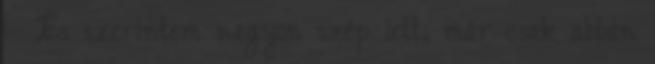
:- És szerintem nagyon szép lett, már csak abban